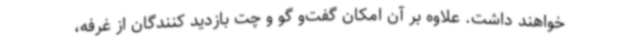
خواهند داشت. علاوه بر آن امکان گفت‌و گو و چت بازدید کنندگان از غرفه،